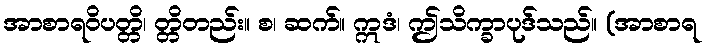
အာစာရဝိပတ္တိ၊ တ္တိတည်း။ စ၊ ဆက်။ ဣဒံ၊ ဤသိက္ခာပုဒ်သည်။ (အာစာရ